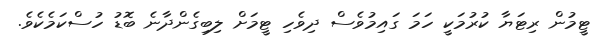
ޓީމުން ރިޓަޔާ ކުރުމަކީ ހަމަ ގައިމުވެސް ދިވެހި ޓީމަށް ލިބިގެންދާނެ ބޮޑު ހުސްކަމެކެވެ.